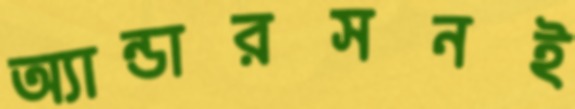
অ্যান্ডারসনই